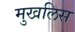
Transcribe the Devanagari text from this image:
मुखलिस